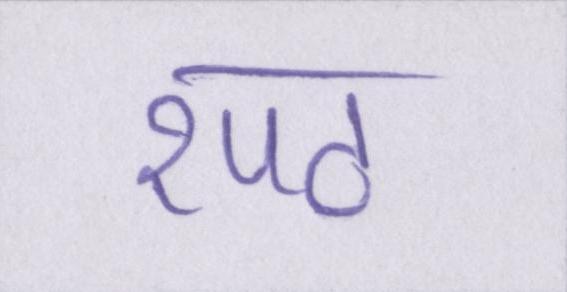
रपट